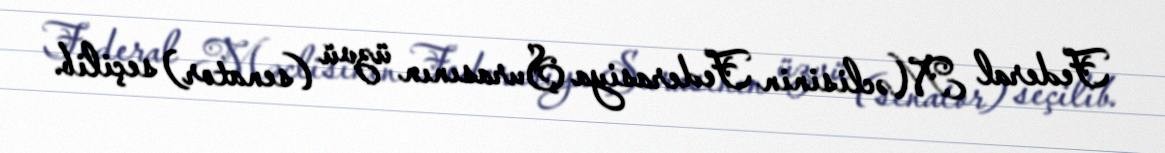
Federal Məclisinin Federasiya Şurasının üzvü (senator) seçilib.